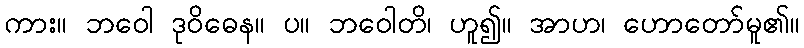
ကား။ ဘဝေါ ဒုဝိဓေန။ ပ။ ဘဝေါတိ၊ ဟူ၍။ အာဟ၊ ဟောတော်မူ၏။